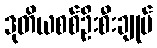
ဒုတိယစစ်ဦးစီးချုပ်